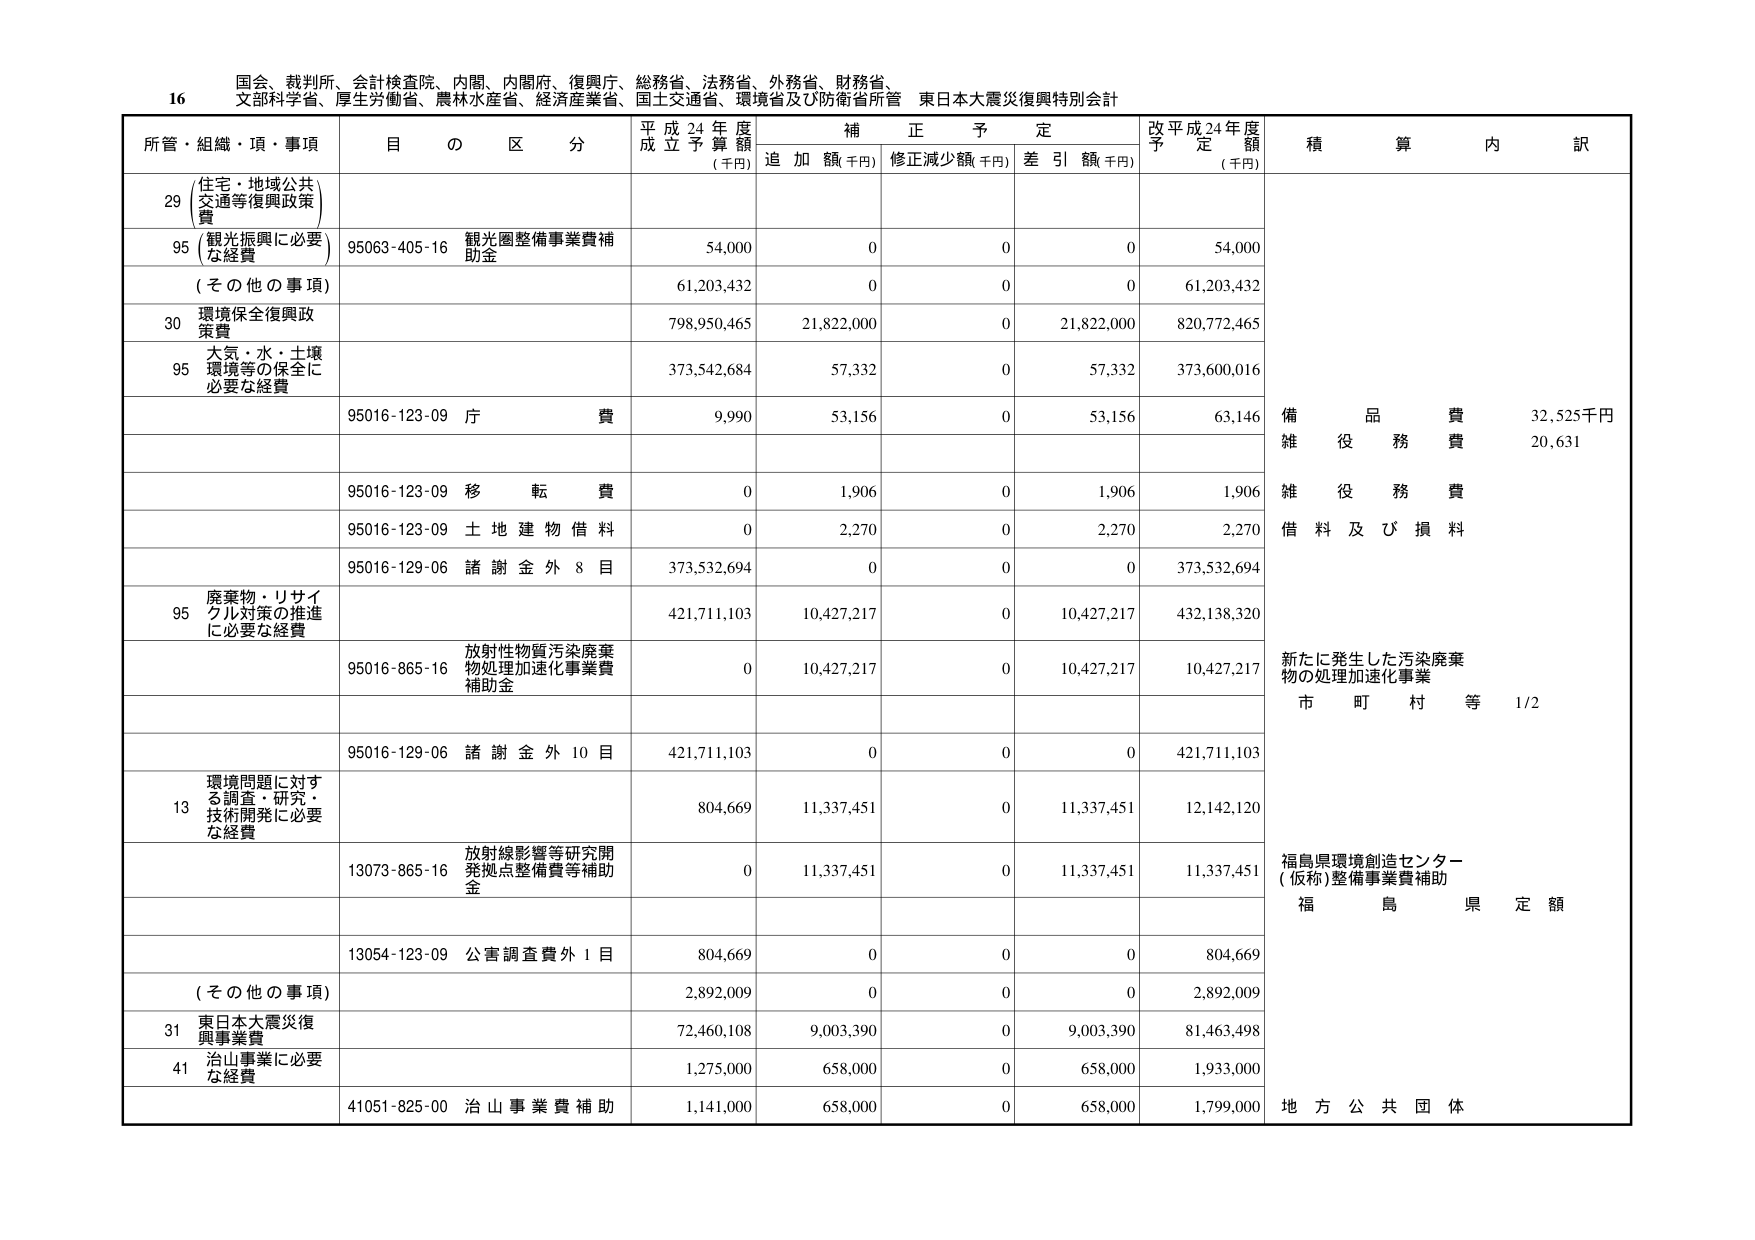
16 国会、裁判所、会計検査院、内閣、内閣府、復興庁、総務省、法務省、外務省、財務省、
文部科学省、厚生労働省、農林水産省、経済産業省、国土交通省、環境省及び防衛省所管 東日本大震災復興特別会計

所管・組織・項・事項 目 の 区 分 平成24年度 成立予算額 (千円) 補正予定 追加額(千円) 修正減少額(千円) 差引額(千円) 改平成24年度 予定額 (千円) 積算内訳

29 (住宅・地域公共 交通等復興政策 費)

95 (観光振興に必要 な経費) 95063-405-16 観光圏整備事業費補 助金 54,000 0 0 0 54,000

(その他の事項) 61,203,432 0 0 0 61,203,432

30 環境保全復興政 策費 798,950,465 21,822,000 0 21,822,000 820,772,465

95 大気・水・土壌 環境等の保全に 必要な経費 373,542,684 57,332 0 57,332 373,600,016

95016-123-09 庁 費 9,990 53,156 0 53,156 63,146 備品費 32,525千円 雑役務費 20,631

95016-123-09 移 転 費 0 1,906 0 1,906 1,906 雑役務費

95016-123-09 土 地 建 物 借 料 0 2,270 0 2,270 2,270 借料及び損料

95016-129-06 諸 謝 金 外 8 目 373,532,694 0 0 0 373,532,694

95 廃棄物・リサイ クル対策の推進 に必要な経費 421,711,103 10,427,217 0 10,427,217 432,138,320

95016-865-16 放射性物質汚染廃棄 物処理加速化事業費 補助金 0 10,427,217 0 10,427,217 10,427,217 新たに発生した汚染廃棄 物の処理加速化事業 市町村等 1/2

95016-129-06 諸 謝 金 外 10 目 421,711,103 0 0 0 421,711,103

13 環境問題に対す る調査・研究・ 技術開発に必要 な経費 804,669 11,337,451 0 11,337,451 12,142,120

13073-865-16 放射線影響等研究開 発拠点整備費等補助 金 0 11,337,451 0 11,337,451 11,337,451 福島県環境創造センター (仮称)整備事業費補助 福島県定額

13054-123-09 公害調査費外1目 804,669 0 0 0 804,669

(その他の事項) 2,892,009 0 0 0 2,892,009

31 東日本大震災復 興事業費 72,460,108 9,003,390 0 9,003,390 81,463,498

41 治山事業に必要 な経費 1,275,000 658,000 0 658,000 1,933,000

41051-825-00 治山事業費補助 1,141,000 658,000 0 658,000 1,799,000 地方公共団体